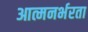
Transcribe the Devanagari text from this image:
आत्मनर्भरता